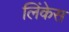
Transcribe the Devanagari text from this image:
लिंकेस